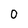
Character: 0